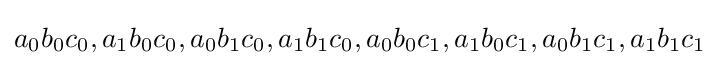
a_{0}b_{0}c_{0},a_{1}b_{0}c_{0},a_{0}b_{1}c_{0},a_{1}b_{1}c_{0},a_{0}b_{0}c_{1},a_{1}b_{0}c_{1},a_{0}b_{1}c_{1},a_{1}b_{1}c_{1}